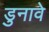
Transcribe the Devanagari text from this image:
डुनावे